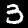
Label: 3